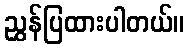
ညွှန်ပြထားပါတယ်။